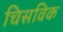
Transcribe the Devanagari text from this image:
चिसविक